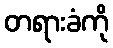
တရားခံကို